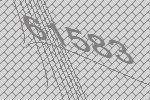
61583